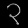
Digit: ၃